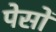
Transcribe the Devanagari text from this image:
पेसों